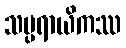
သမ္ပရာယိကဿ